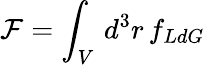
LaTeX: \mathcal{F}=\int_{V}\, d^{3}r\, f_{LdG}